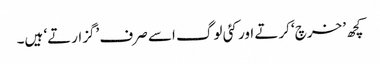
کچھ ’خرچ‘ کرتے اور کئی لوگ اسے صرف ’گزارتے‘ ہیں۔